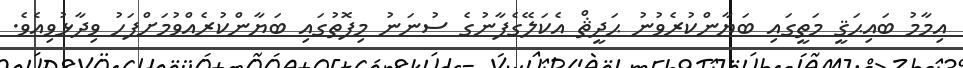
އިމާމު ބައިޙަޤީ މަތީގައި ބަޔާންކުރެވުނު ޙަދީޘް އެކަލޭގެފާނުގެ ސުނަނު މިފޮތުގައި ބަޔާންކުރެއްވުމަށްފަހު ވިދާޅުވިއެވެ.